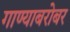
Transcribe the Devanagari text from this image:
गाण्याबरोबर